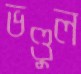
ভণ্ডুল